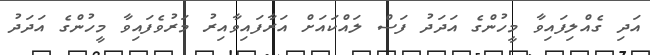
އަދި ގެއްލިފައިވާ މީހުންގެ އަދަދު ފަސް ލައްކައަށް އަރާފައިވާއިރު މަރުވެފައިވާ މީހުންގެ އަދަދު